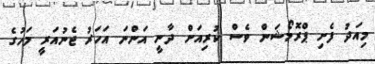
މިއަދު ފެށި ޕްރޮމޯޝަން ވެސް ކުރިއަށް ދާނީ އަންނަ އަހަރު ޖެނުއަރީ މަހުގެ